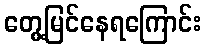
တွေ့မြင်နေရကြောင်း